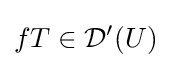
fT\in {\mathcal {D}}'(U)